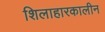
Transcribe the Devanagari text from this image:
शिलाहारकालीन